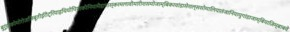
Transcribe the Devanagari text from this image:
बुरूंडीकोमोरोज़जिबूतीईरीट्रियाइथियोपियाकीनियामैडागास्करमलावीमारीशसमोजाम्बिकरवांडासेशल्ससोमालियातंजानियायुगांडाजाम्बियाज़िम्बाबवे